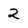
Character: 2